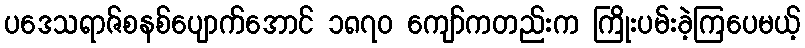
ပဒေသရာဇ်စနစ်ပျောက်အောင် ၁၈၇၀ ကျော်ကတည်းက ကြိုးပမ်းခဲ့ကြပေမယ့်